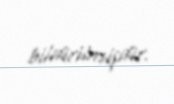
bildirilmişdir.